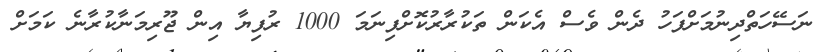
ނަސޭހަތްދިނުމަށްފަހު ދެން ވެސް އެކަން ތަކުރާރުކޮށްފިނަމަ 1000 ރުފިޔާ އިން ޖޫރިމަނާކުރާނެ ކަމަށް